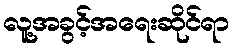
လူ့အခွင့်အရေးဆိုင်ရာ